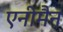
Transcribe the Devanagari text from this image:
एनीमैन